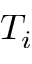
T _ { i }